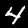
Label: 4